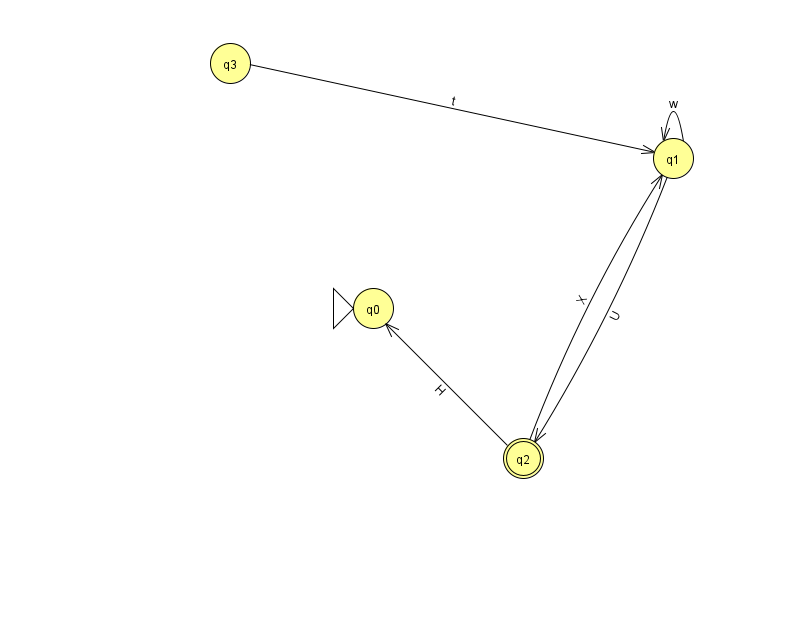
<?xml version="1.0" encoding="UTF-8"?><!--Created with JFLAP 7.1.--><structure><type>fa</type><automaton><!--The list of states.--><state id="0" name="q0"><x>373.0</x><y>295.0</y><initial/></state><state id="1" name="q1"><x>673.0</x><y>145.0</y></state><state id="2" name="q2"><x>523.0</x><y>445.0</y><final/></state><state id="3" name="q3"><x>230.0</x><y>50.0</y></state><!--The list of transitions.--><transition><from>1</from><to>1</to><read>w</read></transition><transition><from>1</from><to>2</to><read>U</read></transition><transition><from>2</from><to>1</to><read>X</read></transition><transition><from>2</from><to>0</to><read>H</read></transition><transition><from>3</from><to>1</to><read>t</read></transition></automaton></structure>